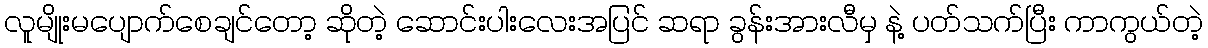
လူမျိုးမပျောက်စေချင်တော့ ဆိုတဲ့ ဆောင်းပါးလေးအပြင် ဆရာ ခွန်းအားလီမှ နဲ့ ပတ်သက်ပြီး ကာကွယ်တဲ့